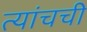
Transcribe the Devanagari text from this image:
त्यांचची